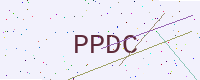
Text: PPDC